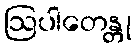
ဩပါတေန္တု